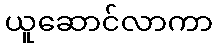
ယူဆောင်လာကာ